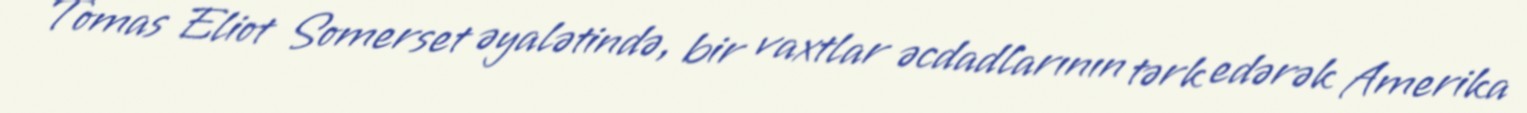
Tomas Eliot Somerset əyalətində, bir vaxtlar əcdadlarının tərk edərək Amerika